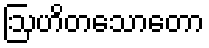
ဩဟိတသောတော